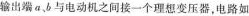
输出端a、b与电动机之间接一个理想变压器，电路如